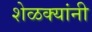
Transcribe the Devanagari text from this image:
शेळक्यांनी